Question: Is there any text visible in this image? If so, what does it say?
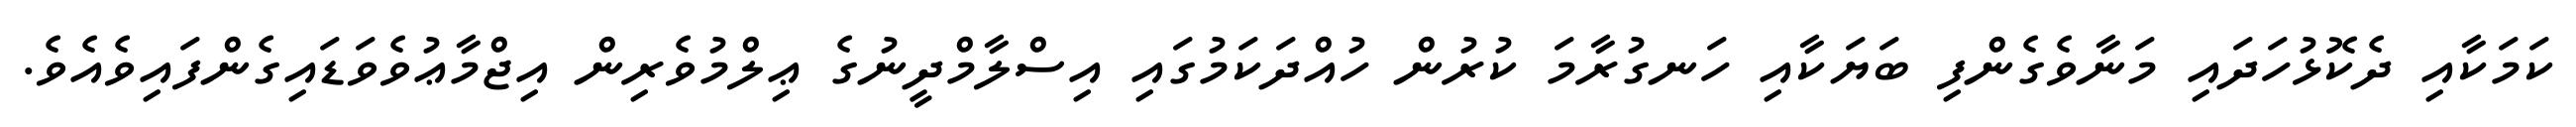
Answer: ކަމަކާއި ދެކޮޅުހަދައި މަނާވެގެންފި ބަޔަކާއި ހަނގުރާމަ ކުރުން ހުއްދަކަމުގައި އިސްލާމްދީނުގެ ޢިލްމުވެރިން އިޖްމާޢުވެވަޑައިގެންފައިވެއެވެ.